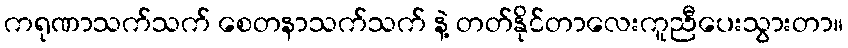
ကရုဏာသက်သက် စေတနာသက်သက် နဲ့ တတ်နိုင်တာလေးကူညီပေးသွားတာ။